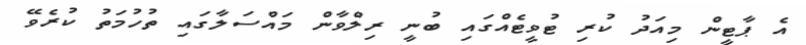
އެ ޕާޓީން މިއަދު ކުރި ޓުވީޓެއްގައި ބުނީ ރިލްވާން މައްސަލާގައި ތުހުމަތު ކުރެވޭ